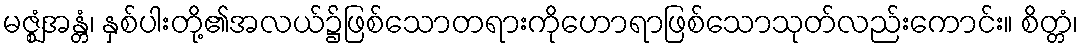
မဇ္ဈံအန္တံ၊ နှစ်ပါးတို့၏အလယ်၌ဖြစ်သောတရားကိုဟောရာဖြစ်သောသုတ်လည်းကောင်း။ စိတ္တံ၊